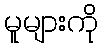
မူများကို